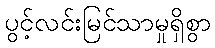
ပွင့်လင်းမြင်သာမှုရှိစွာ